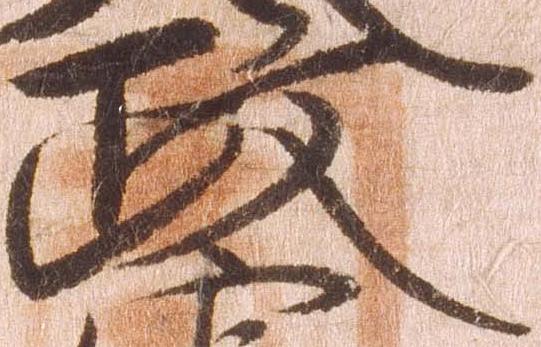
政